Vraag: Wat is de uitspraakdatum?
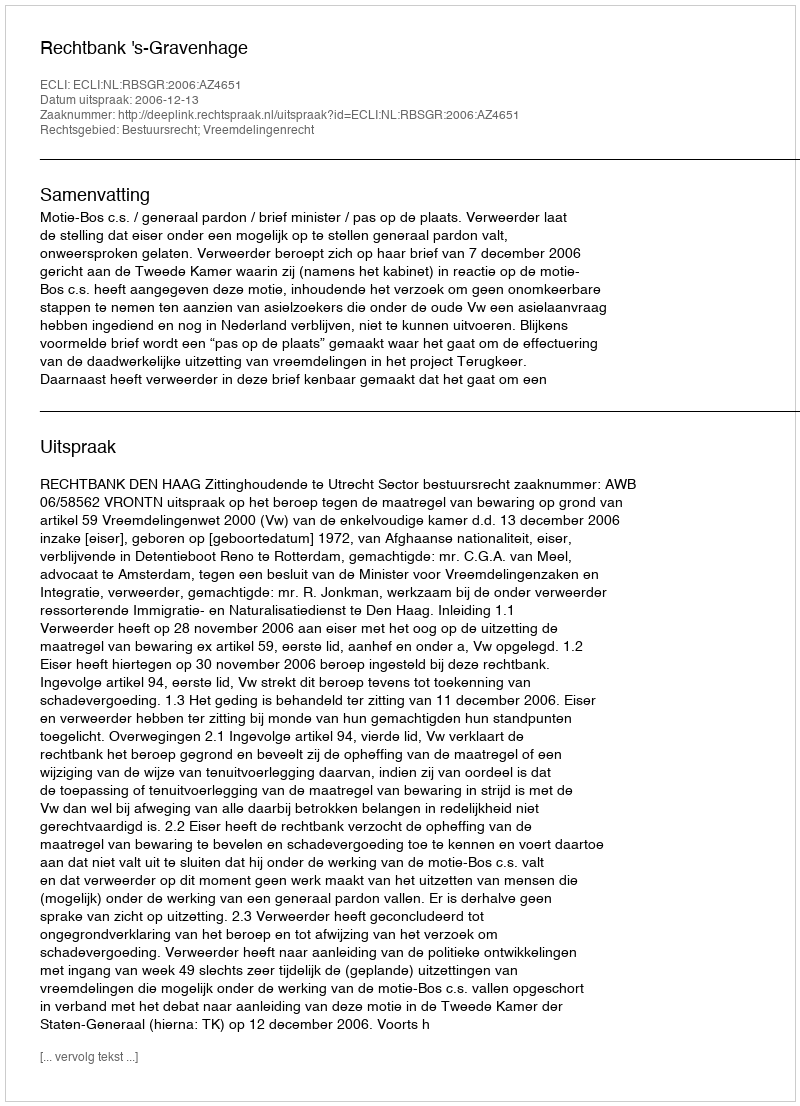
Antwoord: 2006-12-13